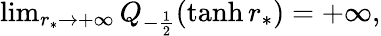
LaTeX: \begin{array}{r}{\operatorname*{lim}_{r_{*}\to+\infty}Q_{-\frac{1}{2}}(\operatorname{tanh}r_{*})=+\infty,}\end{array}